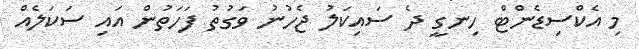
މި އެކްސިޑެންޓް ހިނގީ ދެ ސައިކަލު ޖެހުނު ވަގުތު ފަހަތުން އައި ސަކަލެއް